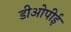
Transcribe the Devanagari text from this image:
डीओपीई